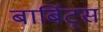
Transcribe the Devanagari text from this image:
बार्बिट्स